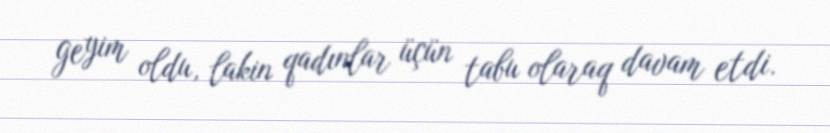
geyim oldu, lakin qadınlar üçün tabu olaraq davam etdi.